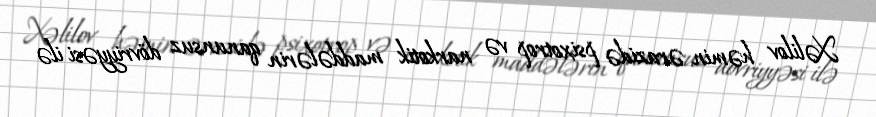
Xəlilov həmin ərazidə psixotrop və narkotik maddələrin qanunsuz dövriyyəsi ilə